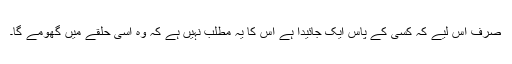
صرف اس لیے کہ کسی کے پاس ایک جائیدا ہے اس کا یہ مطلب نہیں ہے کہ وہ اسی حلقے میں گھومے گا۔